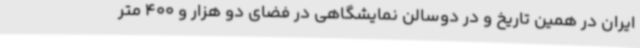
ایران در همین تاریخ و در دوسالن نمایشگاهی در فضای دو هزار و 400 متر